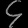
Digit: ၄